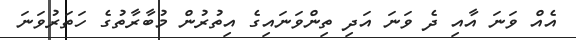
އެއް ވަނަ އާއި ދެ ވަނަ އަދި ތިންވަނައިގެ އިތުރުން މުބާރާތުގެ ހަތަރުވަނަ